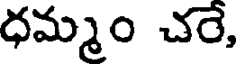
ధమ్మం చరె,